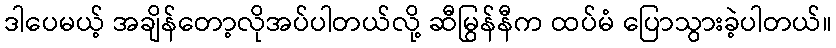
ဒါပေမယ့် အချိန်တော့လိုအပ်ပါတယ်လို့ ဆီမြွန်နီက ထပ်မံ ပြောသွားခဲ့ပါတယ်။